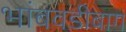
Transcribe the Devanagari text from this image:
भांबवडीबाग